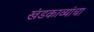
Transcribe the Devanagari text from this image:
खंडकाव्यांचा